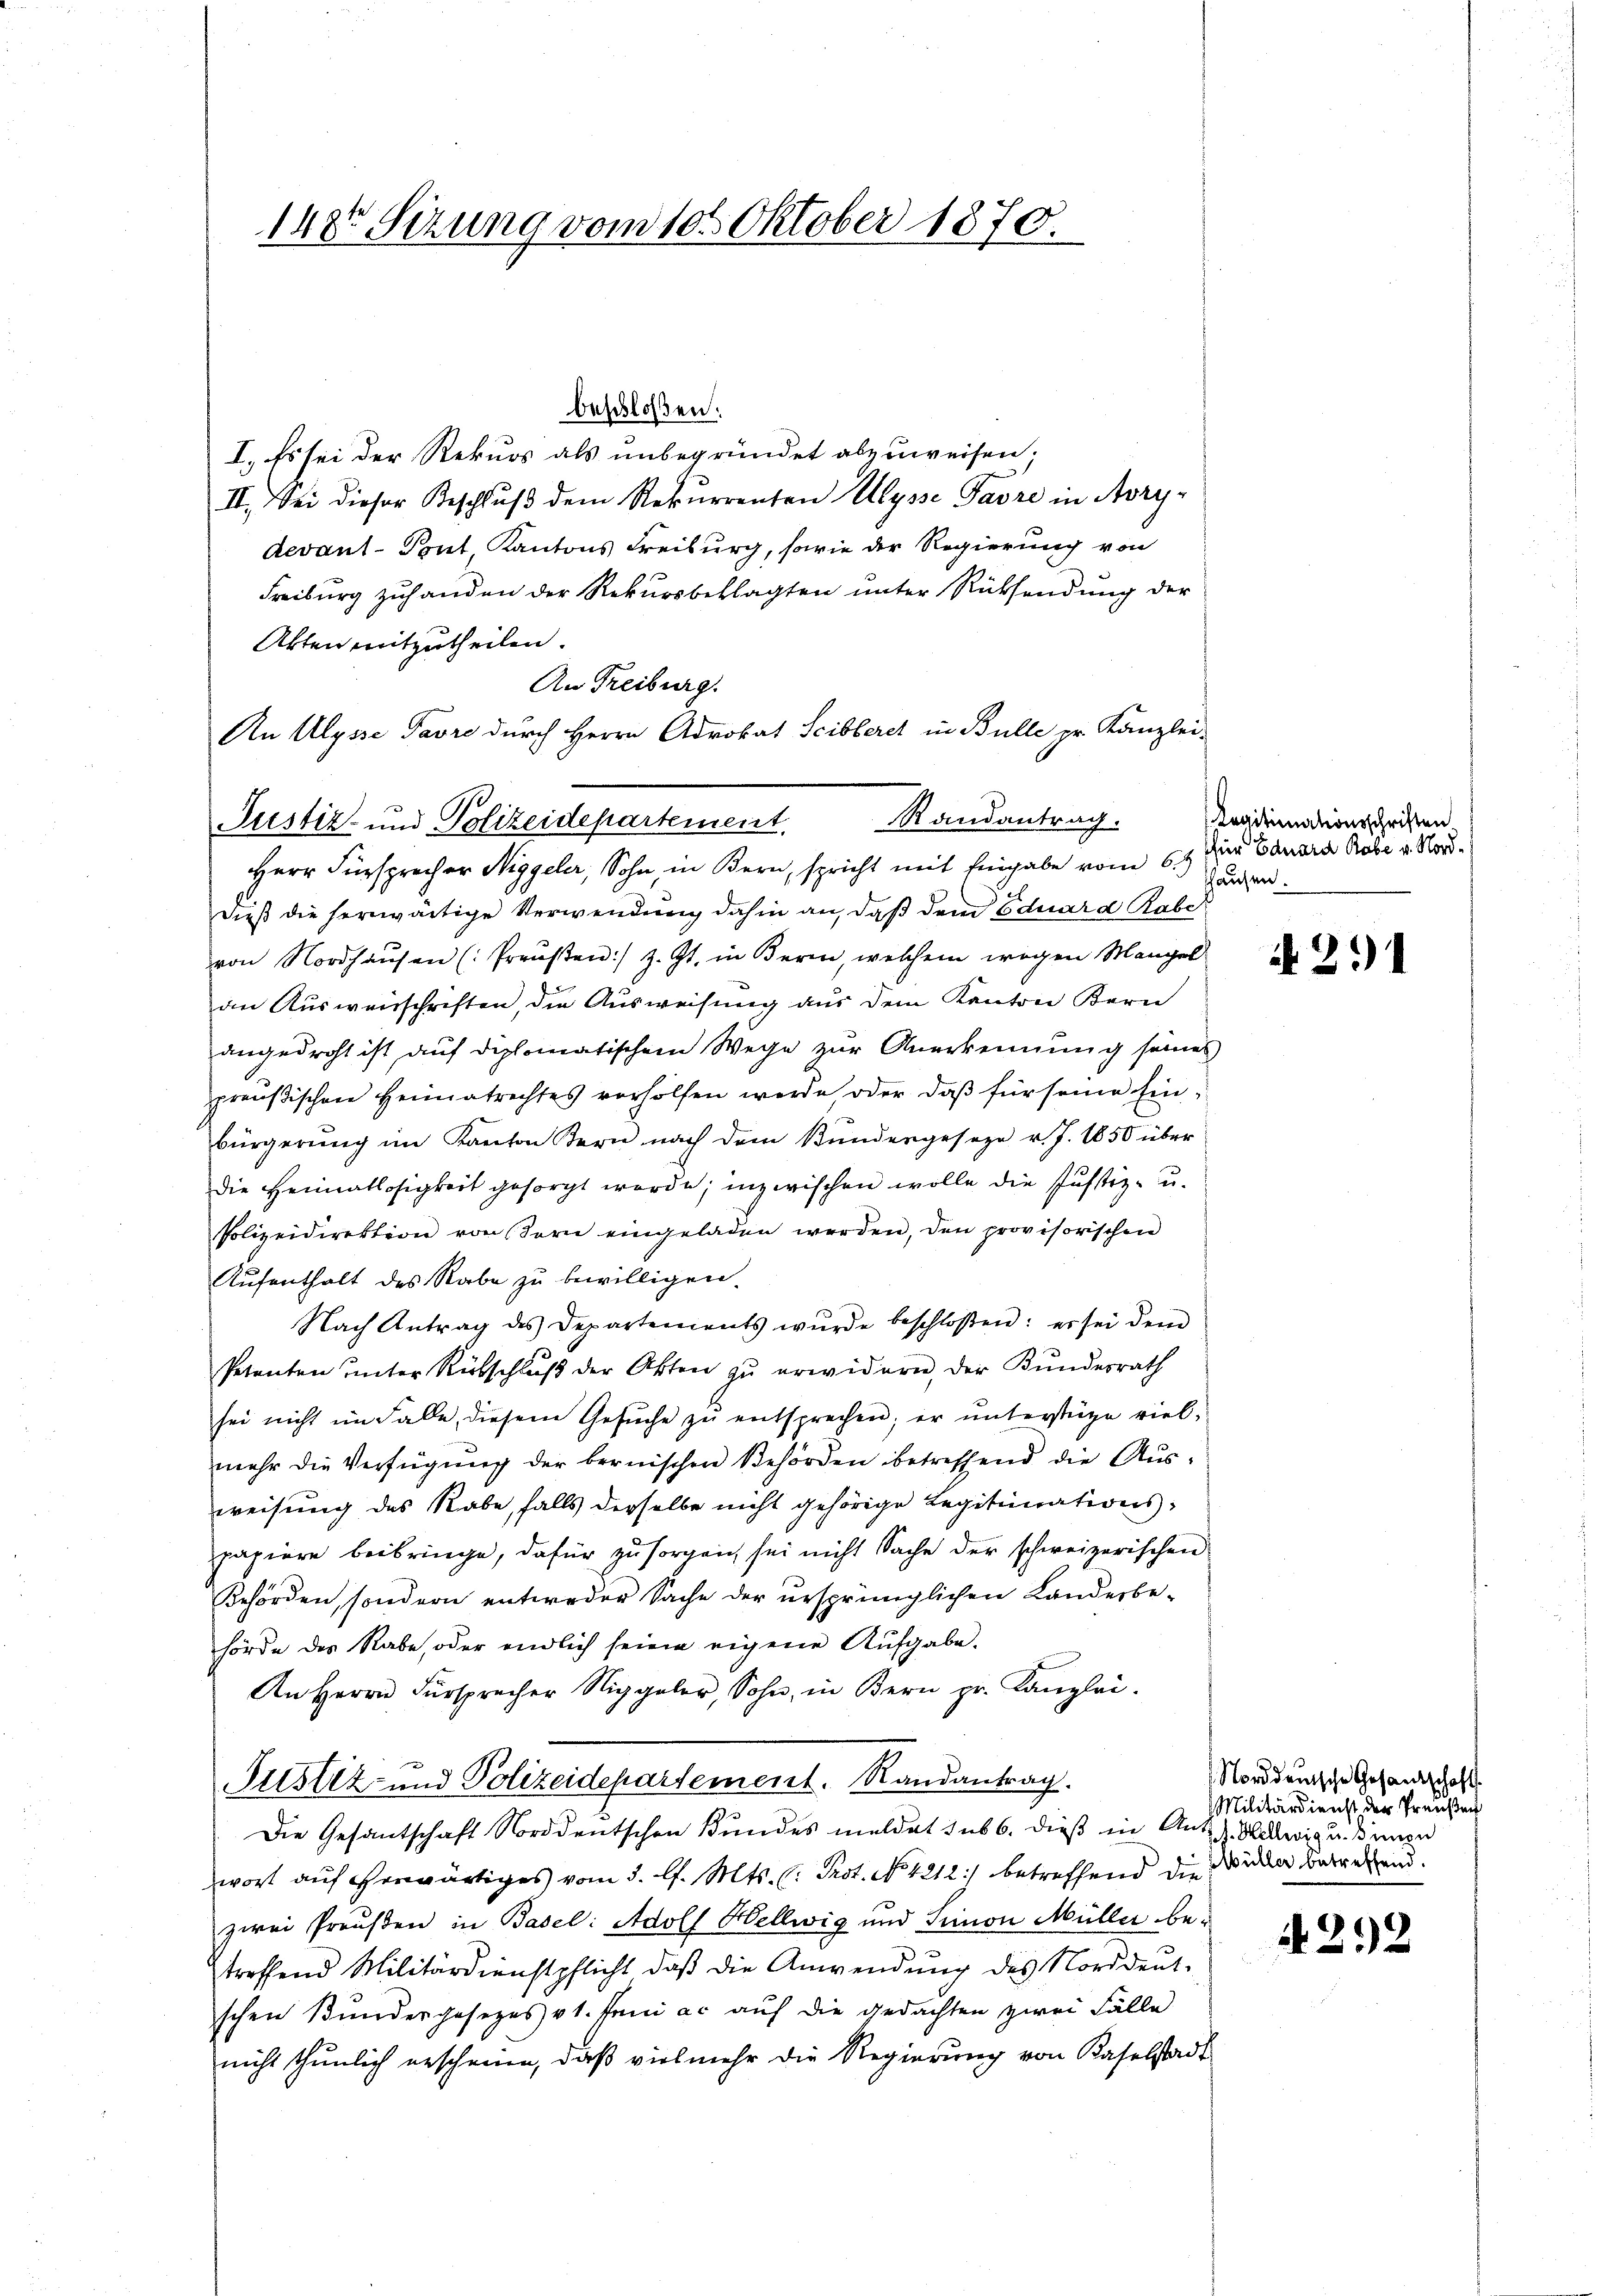
beschloßen:
I. Es sei der Rekurs als unbegründet abzuweisen.
II. Sei dieser Beschluß dem Rekurrenten Ulysse Parre in Aory-
devant-Pout, Kantons Freiburg, sowie der Regierung von
Freiburg zuhanden der Rekursbeklagten unter Rücksendung der
Akten mitzutheilen.
An Freiburg.
Herr Fürsprecher Niggeler, Sohn, in Bern, spricht mit Eingabe vom 6. zur Canara Gabe v. Norddieß die herwärtige Verwendung dahin an, daß dem Eduard Rabe
von Nordhaŭsen (Preŭβen:/ z. Zt. in Bern, welchem wegen Mangel
an Ausweisschriften, die Ausweisung aus dem Kanton Bern
angedroht ist auf diplomatischem Wege zur Anerkennung seines
preußischen Heimatrechtes vorholfen werde, oder daβ für seine Ein-
bürgerŭng im Kanton Kern nach dem Bundergeseze v. J. 1850 über
die Heimatlosigkeit gesorgt werde; inzwischen wolle die Justiz- u.
Polizeidirektion von dern eingeladen werden, den provisorischen
Aufenthalt des Rabe zu bewilligen.
Nach Antrag des Departements wŭrde beschloßen: er sei dem
Petenten unter Rübschluß der Akten zu erwidern, der Bundesrath
sei nicht im Falle, diesem Gesŭche zŭ entsprechen; er unterstüze vielmehr die Verfügung der bernischen Behörden betreffend die Ausweisung des Rabe, falls derselbe nicht gehörige Legitimationspapiere beibringe, dafür zu sorgen sei nicht Sache der schweizerischen
Behörden, sondern entweder Sache der ursprünglichen Landerbehörde des Rabe, oder endlich seien eigene Aufgabe.
An Herrn Fürsprecher Niggeler, Sohn, in Bern pr. Kanzlei.
Justiz- und Polizeidepartement. Randantrag.
Die Gesantschaft Norddeutschen Bundes meldet sub 6. dieß in Ant. Billwig uns unen
wort auf erwärtiges vom 3. l. Mts. (: Prot. No 4212) betreffend die Wider betretend.
zwei Preußen in Basel: Adolf Hellwig und Simon Müller betreffend Militärdienstpflicht daβ die Anwendŭng des Norddeut-
schen Bundergesezes vt. Juni ac auf die gedachten zwei Fälle
nicht thunlich erscheine, daß vielmehr die Regierung von Kaselstadt

1487 Sezung vom 10. Oktober 1870.

An Alysse Favre durch Herrn Advokat Scibleret in Bulle pr. Kanzlei-
Randantrag.
Justiz- und Polizeidepartement,

Legitimationsschriften.
hhausen.

N 2.)

Norddeutsche Gesandtschaft
Militärdienst der Preußen

4292